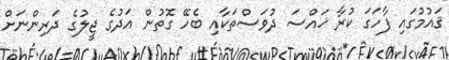
ޤައުމުގައި ފާހަގަ ކުރާ ޚައްސަ ދުވަސްތަކާއި ބެހޭ ގޮތުން އަދުގެ ޖީލުގެ ދަރިންނަށް